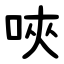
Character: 唊